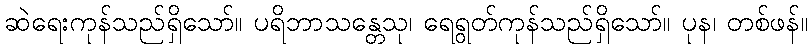
ဆဲရေးကုန်သည်ရှိသော်။ ပရိဘာသန္တေသု၊ ရေရွတ်ကုန်သည်ရှိသော်။ ပုန၊ တစ်ဖန်။